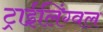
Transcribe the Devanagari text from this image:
ट्राईलिंग्वल